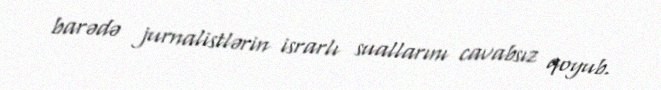
barədə jurnalistlərin israrlı suallarını cavabsız qoyub.